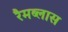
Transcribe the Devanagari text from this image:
रैमब्लास